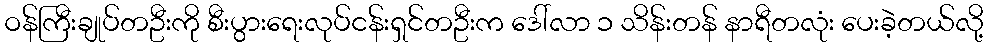
ဝန်ကြီးချုပ်တဦးကို စီးပွားရေးလုပ်ငန်းရှင်တဦးက ဒေါ်လာ ၁ သိန်းတန် နာရီတလုံး ပေးခဲ့တယ်လို့